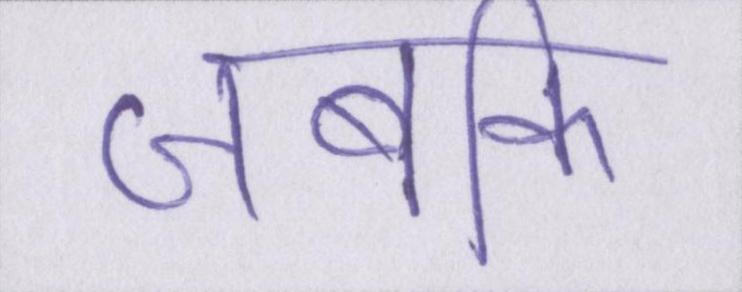
जबकि